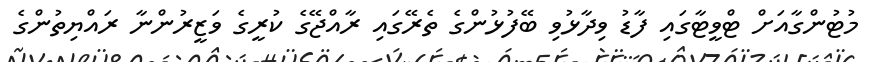
މުޓުންގާއަށް ޓްވީޓާގައި ފާޑު ވިދާޅުވި ބޭފުޅުންގެ ތެރޭގައި ރާއްޖޭގެ ކުރީގެ ވަޒީރުންނާ ރައްޔިތުންގެ